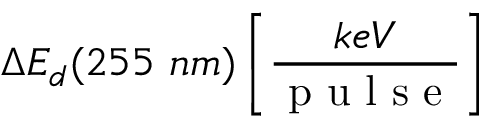
\Delta E _ { d } ( 2 5 5 ~ n m ) \left[ \frac { k e V } { \mathrm { ~ p ~ u ~ l ~ s ~ e ~ } } \right]